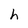
Character: h